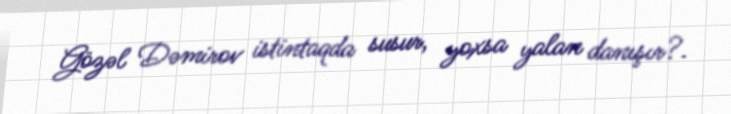
Gözəl Dəmirov istintaqda susur, yoxsa yalan danışır?.